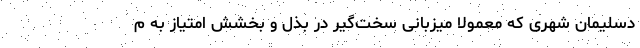
دسلیمان شهری که معمولاً میزبانی سخت‌گیر در بذل و بخشش امتیاز به م